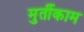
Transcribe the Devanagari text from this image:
मुर्तीकाम